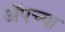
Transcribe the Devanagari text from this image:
अॅपच्या